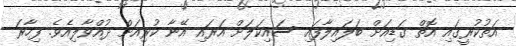
އަތުކުރީގައި އޮތް ގަޑިއަށް ބަލައިލާފައި ސައިކަލަށް އަރައި އޭނާ ކުރިއަށް ދުއްވާލިއެވެ. ފިހާރަ